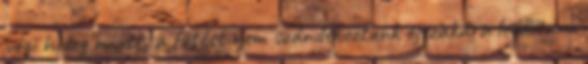
végi hideg miatt, a fûtést nem szándékoztunk éjszakára leállítani.